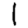
Digit: 1